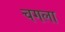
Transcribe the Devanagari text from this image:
चगला